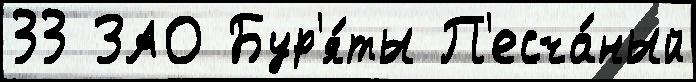
33 ЗАО Бур'я́ты П'есча́ный